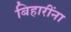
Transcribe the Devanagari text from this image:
बिहारींना